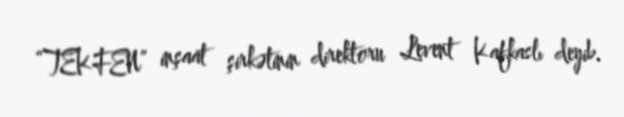
“TEKFEN” inşaat şirkətinin direktoru Levent Kafkaslı deyib.